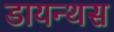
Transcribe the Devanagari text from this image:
डायन्थस